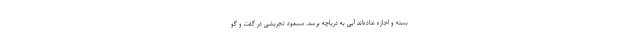
بسته و اجازه نداده‌اند آبی به دریاچه برسد. مسعود تجریشی در گفت و گو